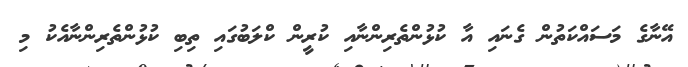
އޭނާގެ މަސައްކަތުން ގެނައި އާ ކުޅުންތެރިންނާއި ކުރީން ކްލަބުގައި ތިބި ކުޅުންތެރިންނާއެކު މި